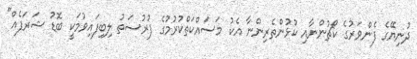
ދުނިޔޭގެ ފެންވަރުގެ ކޯޗުންނާއި ކުޅުންތެރިންނާ އެކު މަސައްކަތްކުރުމުގެ ފުރުސަތު ލިބިފައިވުމަކީ ބޮޑު ޝަރަފެއް"